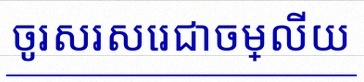
ចូរសរសេរជាចម្លើយ